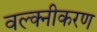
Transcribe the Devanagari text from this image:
वल्क्नीकरण